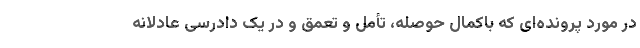
در مورد پرونده‌ای که باکمال حوصله، تأمل و تعمق و در یک دادرسی عادلانه